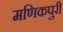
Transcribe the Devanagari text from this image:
मणिकपुरी